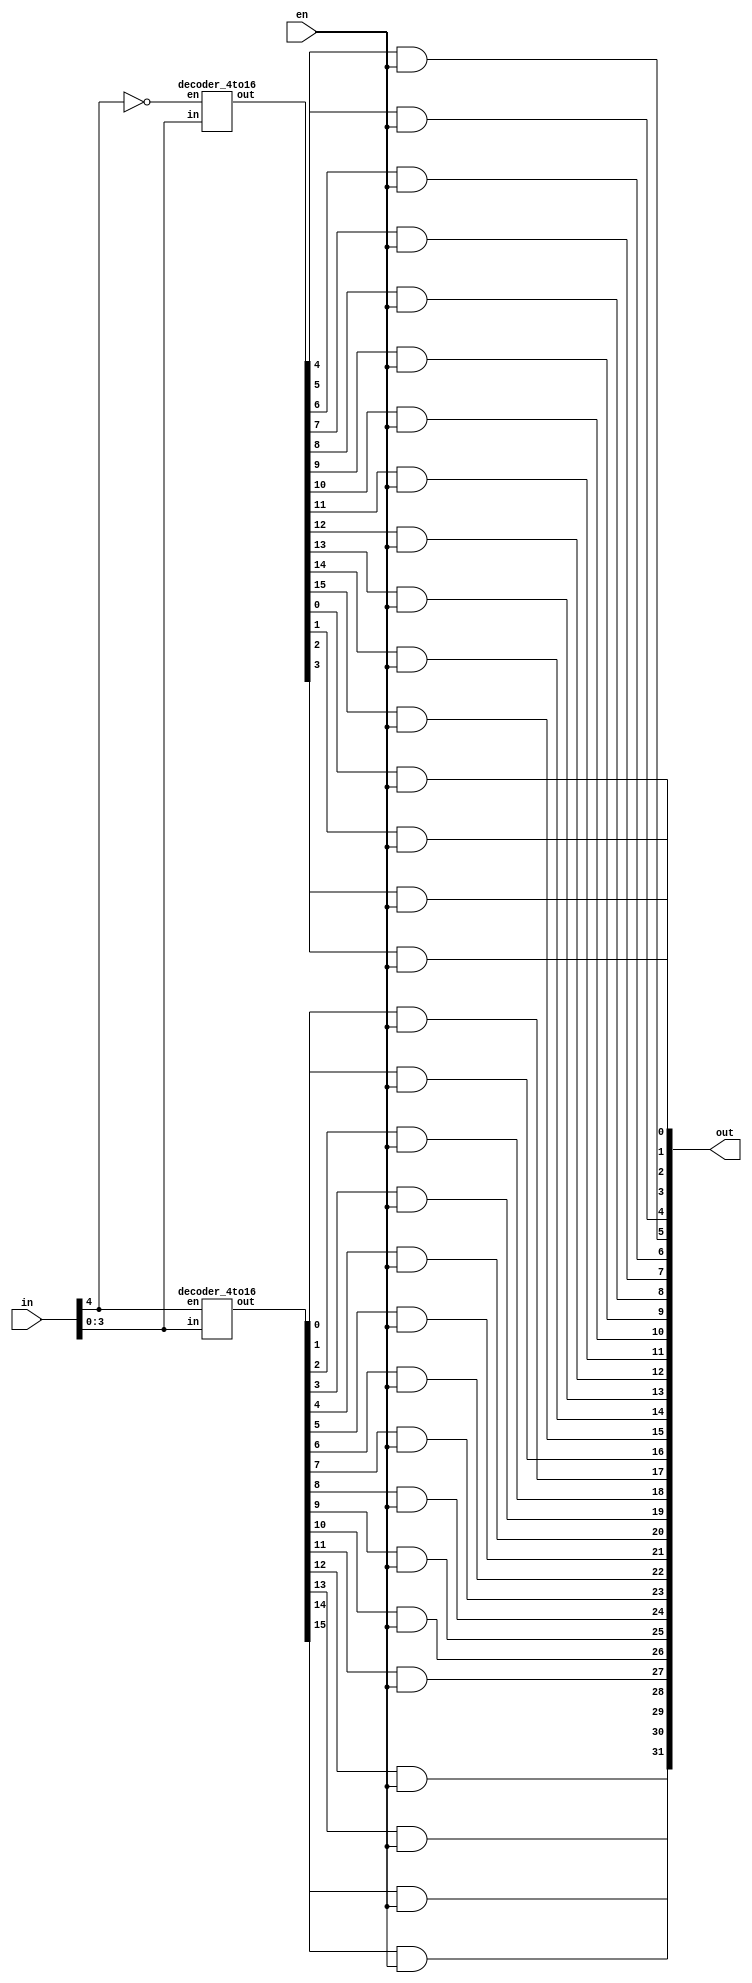
module decoder_5to32(out, in, en);
	input en;
	input [4:0] in;
	output [31:0] out;
	
	wire [4:0] notIn;
	wire [31:0] raw_out;
	
	not not0(notIn[0], in[0]);
	not not1(notIn[1], in[1]);
	not not2(notIn[2], in[2]);
	not not3(notIn[3], in[3]);
	not not4(notIn[4], in[4]);
	
	decoder_4to16 dec_lo(raw_out[15:0], in[3:0], notIn[4]);
	decoder_4to16 dec_hi(raw_out[31:16], in[3:0], in[4]);
	
	genvar i;
	generate
		for (i = 0; i < 32; i = i + 1) begin: And_Series
			and and_out(out[i], raw_out[i], en);
		end
	endgenerate
endmodule

module decoder_4to16(out, in, en);
	input en;
	input [3:0] in;
	output [15:0] out;
	
	wire [3:0] notIn;
	wire [15:0] raw_out;
	
	not not0(notIn[0], in[0]);
	not not1(notIn[1], in[1]);
	not not2(notIn[2], in[2]);
	not not3(notIn[3], in[3]);
	
	decoder_3to8 dec_lo(raw_out[7:0], in[2:0], notIn[3]);
	decoder_3to8 dec_hi(raw_out[15:8], in[2:0], in[3]);
	
	genvar i;
	generate
		for (i = 0; i < 16; i = i + 1) begin: And_Series
			and and_out(out[i], raw_out[i], en);
		end
	endgenerate
endmodule

module decoder_3to8(out, in, en);
	input en;
	input [2:0] in;
	output [7:0] out;
	
	wire [2:0] notIn;
	wire [7:0] raw_out;
	
	not not0(notIn[0], in[0]);
	not not1(notIn[1], in[1]);
	not not2(notIn[2], in[2]);
	
	decoder_2to4 dec_lo(raw_out[3:0], in[1:0], notIn[2]);
	decoder_2to4 dec_hi(raw_out[7:4], in[1:0], in[2]);
	
	genvar i;
	generate
		for (i = 0; i < 8; i = i + 1) begin: And_Series
			and and_out(out[i], raw_out[i], en);
		end
	endgenerate
	
endmodule

module decoder_2to4(out, in, en);
	input en;
	input [1:0] in;
	output [3:0] out;
	
	wire [1:0] notIn;
	
	not not0(notIn[0], in[0]);
	not not1(notIn[1], in[1]);
	
	and and0(out[0], notIn[1], notIn[0], en);
	and and1(out[1], notIn[1], in[0], en);
	and and2(out[2], in[1], notIn[0], en);
	and and3(out[3], in[1], in[0], en);
endmodule